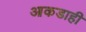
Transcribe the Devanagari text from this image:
आकडाही